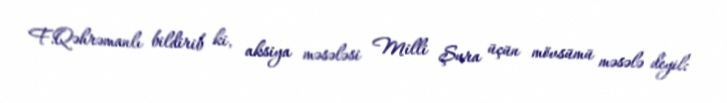
F.Qəhrəmanlı bildirib ki, aksiya məsələsi Milli Şura üçün mövsümü məsələ deyil: